Report of the Municipal Commissioner on the plague in Bombay for the year ending 31st May... - Volume 1
Disease focus: Plague
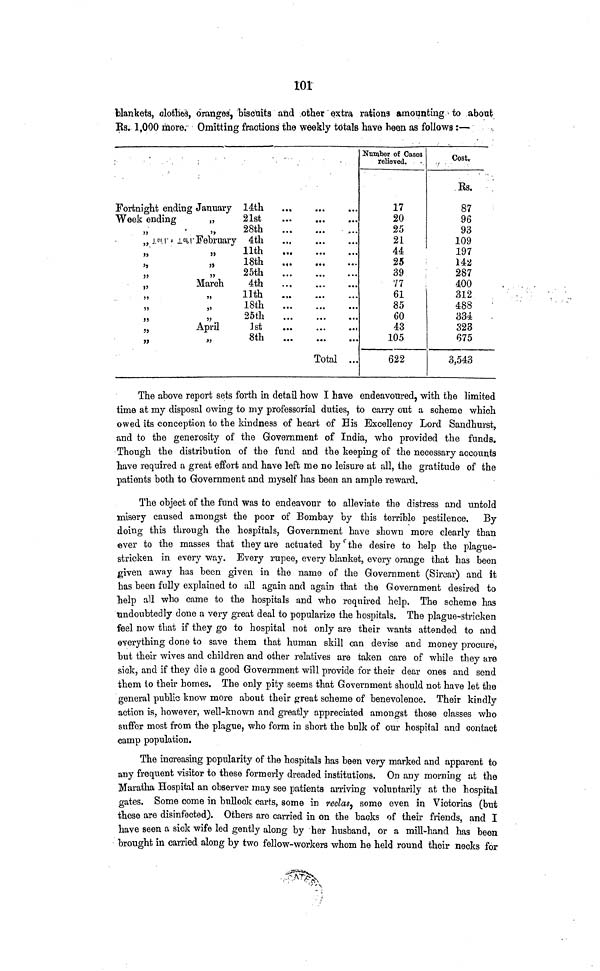
101
blankets, clothes, oranges, biscuits and other extra rations amounting to about
Rs. 1,000 more. Omitting fractions the weekly totals have been as follows :—
Fortnight ending
Week ending
„ J.W 1 o l°ll
,,
,,
,,
,,
,,
,,
,,
,,
,,
January
,,
February
,,
,,
,,
March
,,
,,
,,
April
,,
14th
21st
28th
4th
llth
18th
25th
4th
llth
..
18th
25th
M
8th
Total ...
Number of Cases
relieved.
17
20
25
21
Cost.
Rs.
87
96
93
109
44
197
25
142
39
.
287
77
400
61
85
60
43
105
622
312
488
334
323
675
3,543
The above report sets forth in detail how I have endeavoured, with the limited
time at my disposal owing to my professorial duties, to carry out a scheme which
owed its conception to the kindness of heart of His Excellency Lord Sandhurst,
and to the generosity of the Government of India, who provided the funds.
Though the distribution of the fund and the keeping of the necessary accounts
have required a great effort and have left me no leisure at all, the gratitude of the
patients both to Government and myself has been an ample reward.
The object of the fund was to endeavour to alleviate the distress and untold
misery caused amongst the poor of Bombay by this terrible pestilence.
By
doing this through the hospitals, Government have shown more clearly than
ever to the masses that they are actuated by the desire to help the plague-
stricken in every way. Every rupee, every blanket, every orange that has been
given away has been given in the name of the Government (Sircar) and it
has been fully explained to all again and again that the Government desired to
help all who came to the hospitals and who required help. The scheme has
undoubtedly done a very great deal to popularize the hospitals. The plague-stricken
feel now that if they go to hospital not only are their wants attended to and
everything done to save them that human skill can devise and money procure,
but their wives and children and other relatives are taken care of while they are
sick, and if they die a good Government will provide for their dear ones and send
them to their homes. The only pity seems that Government should not have let the
general public know more about their great scheme of benevolence. Their kindly
action is, however, well-known and greatly appreciated amongst those classes who
suffer most from the plague, who form in short the bulk of our hospital and contact
camp population.
The increasing popularity of the hospitals has been very marked and apparent to
any frequent visitor to these formerly dreaded institutions. On any morning at the
Maratha Hospital an observer may see patients arriving voluntarily at the hospital
gates. Some come in bullock carts, some in reclas, some even in Victorias (but
these are disinfected). Others are carried in on the backs of their friends, and I
have seen a sick wife led gently along by her husband, or a mill-hand has been
brought in carried along by two fellow-workers whom he held round their necks for